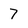
Character: 7